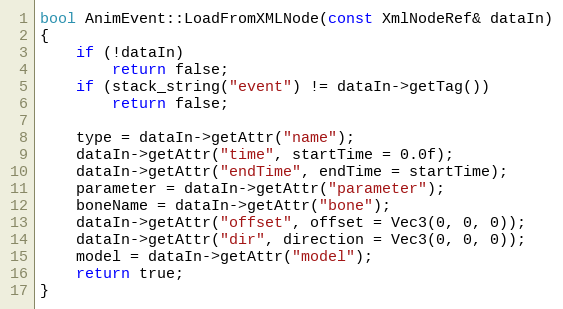
Language: C++
bool AnimEvent::LoadFromXMLNode(const XmlNodeRef& dataIn)
{
	if (!dataIn)
		return false;
	if (stack_string("event") != dataIn->getTag())
		return false;

	type = dataIn->getAttr("name");
	dataIn->getAttr("time", startTime = 0.0f);
	dataIn->getAttr("endTime", endTime = startTime);
	parameter = dataIn->getAttr("parameter");
	boneName = dataIn->getAttr("bone");
	dataIn->getAttr("offset", offset = Vec3(0, 0, 0));
	dataIn->getAttr("dir", direction = Vec3(0, 0, 0));
	model = dataIn->getAttr("model");
	return true;
}